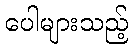
ပေါများသည့်